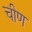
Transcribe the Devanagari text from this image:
चीण